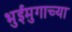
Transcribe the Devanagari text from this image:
भुईमुगाच्या